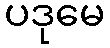
ပဒုမေ